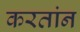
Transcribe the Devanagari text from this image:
करतांन